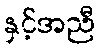
နှင့်အညီ